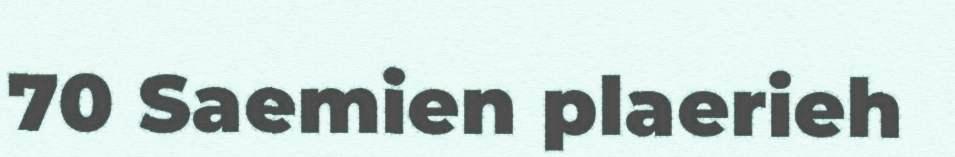
70 Saemien plaerieh